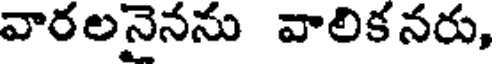
వారలనైనను వాలిక నరు,